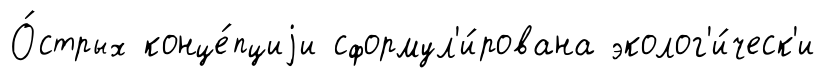
О́стрых конце́пциjи сформул'и́рована эколог'и́ческ'и